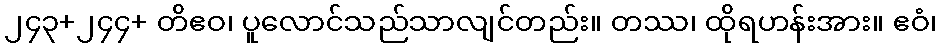
၂၄၃+၂၄၄+ တိဧဝ၊ ပူလောင်သည်သာလျင်တည်း။ တဿ၊ ထိုရဟန်းအား။ ဧဝံ၊